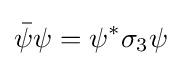
{\bar {\psi }}\psi =\psi ^{*}\sigma _{3}\psi